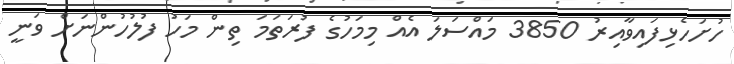
ހުށަހެޅިފައިވާއިރު 3850 މައްސަލަ އެއް މިމަހުގެ ފުރަތަމަ ތިން މަހު ފުލުހުންނަށް ވަނީ